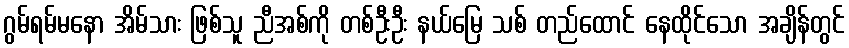
ဂွမ်ရမ်မနော အိမ်သား ဖြစ်သူ ညီအစ်ကို တစ်ဦးဦး နယ်မြေ သစ် တည်ထောင် နေထိုင်သော အချိန်တွင်